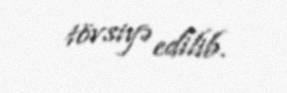
tövsiyə edilib.